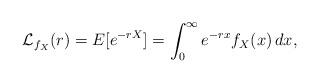
LaTeX: \begin{align*}\mathcal{L}_{f_X}(r)=E[e^{-rX}]=\int_0^{\infty}e^{-rx}f_X(x)\,dx,\end{align*}